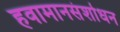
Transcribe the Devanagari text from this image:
हवामानसंशोधन